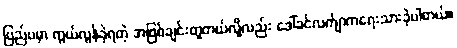
ပြည်ပမှာ ကွယ်လွန်ခဲ့ရတဲ့ အဖြစ်ချင်းတူတယ်လို့လည်း ဒေါ်ခင်လက်ျာကရေးသားခဲ့ပါတယ်။